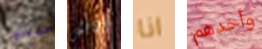
جينج أناقش انا وأحدهم